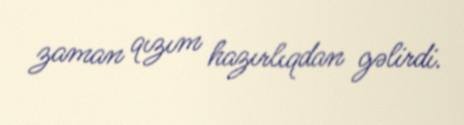
zaman qızım hazırlıqdan gəlirdi.